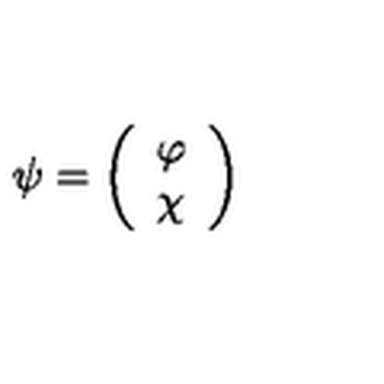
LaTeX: \psi = \left( \begin{array} { l c r } { \varphi } \\ { \chi } \\ \end{array} \right)